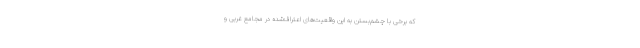
که برخی با چشم‌بستن به این واقعیت‌های اعتراف‌شده در مجامع غربی و